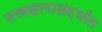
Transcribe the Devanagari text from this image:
तत्त्वज्ञानासंदर्भात